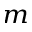
^ { m }